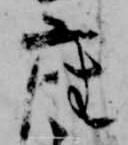
座